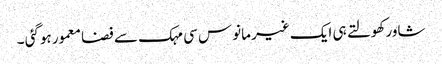
شاور کھولتے ہی ایک غیر مانوس سی مہک سے فضا معمور ہوگئی ۔